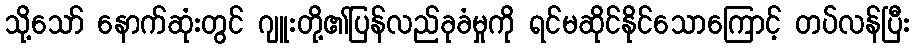
သို့သော် နောက်ဆုံးတွင် ဂျူးတို့၏ပြန်လည်ခုခံမှုကို ရင်မဆိုင်နိုင်သောကြောင့် တပ်လန်ပြီး